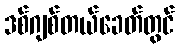
ဒစ်ဂျစ်တယ်ခေတ်တွင်